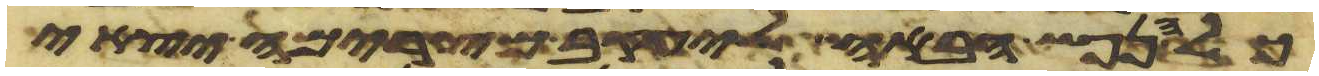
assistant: כל הנפש הבאה ליעקב מצרימה יצאי